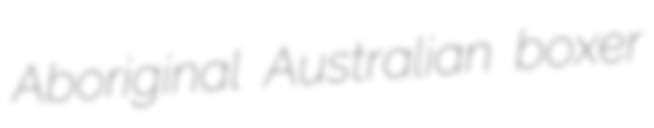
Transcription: Aboriginal Australian boxer